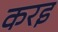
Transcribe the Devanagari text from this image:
करइ